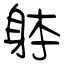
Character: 躰